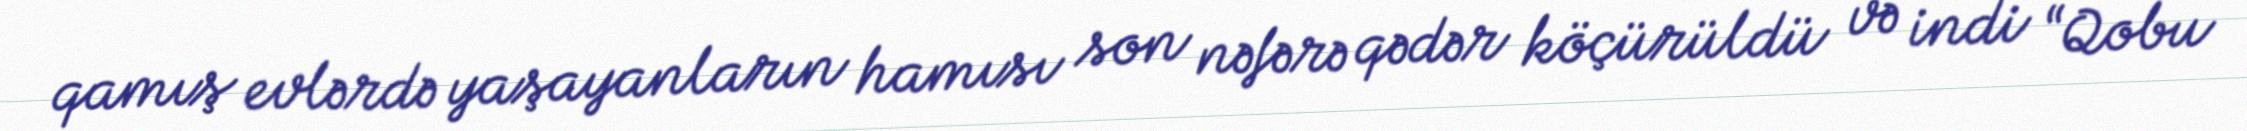
qamış evlərdə yaşayanların hamısı son nəfərə qədər köçürüldü və indi “Qobu